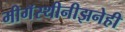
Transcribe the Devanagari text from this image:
मीगॅस्थीनीझनेही